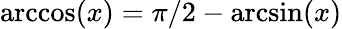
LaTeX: \operatorname{arccos}(x)=\pi/2-\arcsin(x)